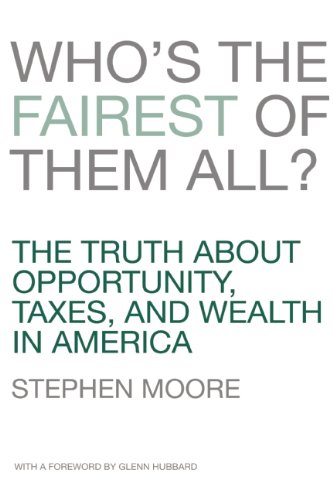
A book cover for Who's the Fairest of Them All? The Truth about Opportunity, Taxes, and Wealth in America; Stephen Moore; Business & Money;